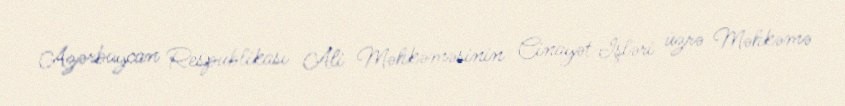
Azərbaycan Respublikası Ali Məhkəməsinin Cinayət İşləri üzrə Məhkəmə